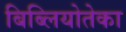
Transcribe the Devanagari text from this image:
बिब्लियोतेका